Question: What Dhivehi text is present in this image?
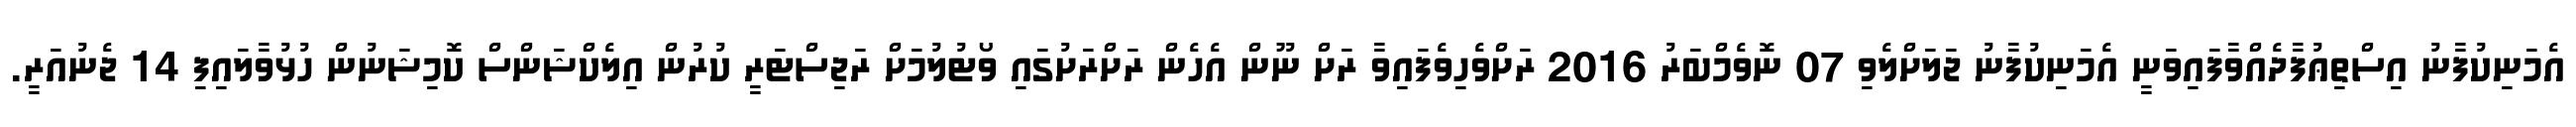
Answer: އެމަނިކުފާނު އިސްތިޢުފާދެއްވާފައިވަނީ އެމަނިކުފާނު ޖަލަށްލެވި 07 ނޮވެމްބަރު 2016 ރަށްވެހިވެފައިވާ ރަށް ނޫން އެހެން ރަށްރަށުގައި ވޯޓުލުމަށް ރަޖިސްޓަރީ ކުރުން އިލެކްޝަންސް ކޮމިޝަނުން ހުޅުވާލައިފި 14 ޖެނުއަރީ.